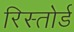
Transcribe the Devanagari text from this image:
रिस्तोर्ड